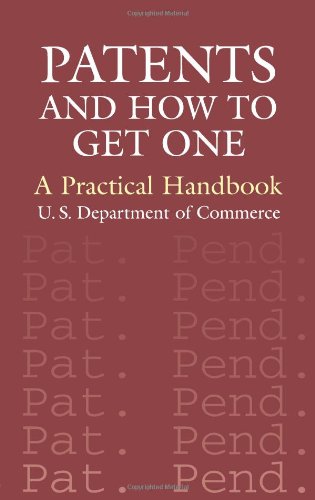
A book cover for Patents and How to Get One: A Practical Handbook; U.S. Department of Commerce; Law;